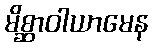
မိစ္ဆာဝါယာမေန